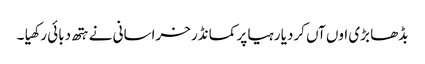
بڈھا بڑی اوں آں کردیا رہیا پر کمانڈر خراسانی نے ہتھ دبائی رکھیا ۔